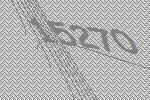
15270